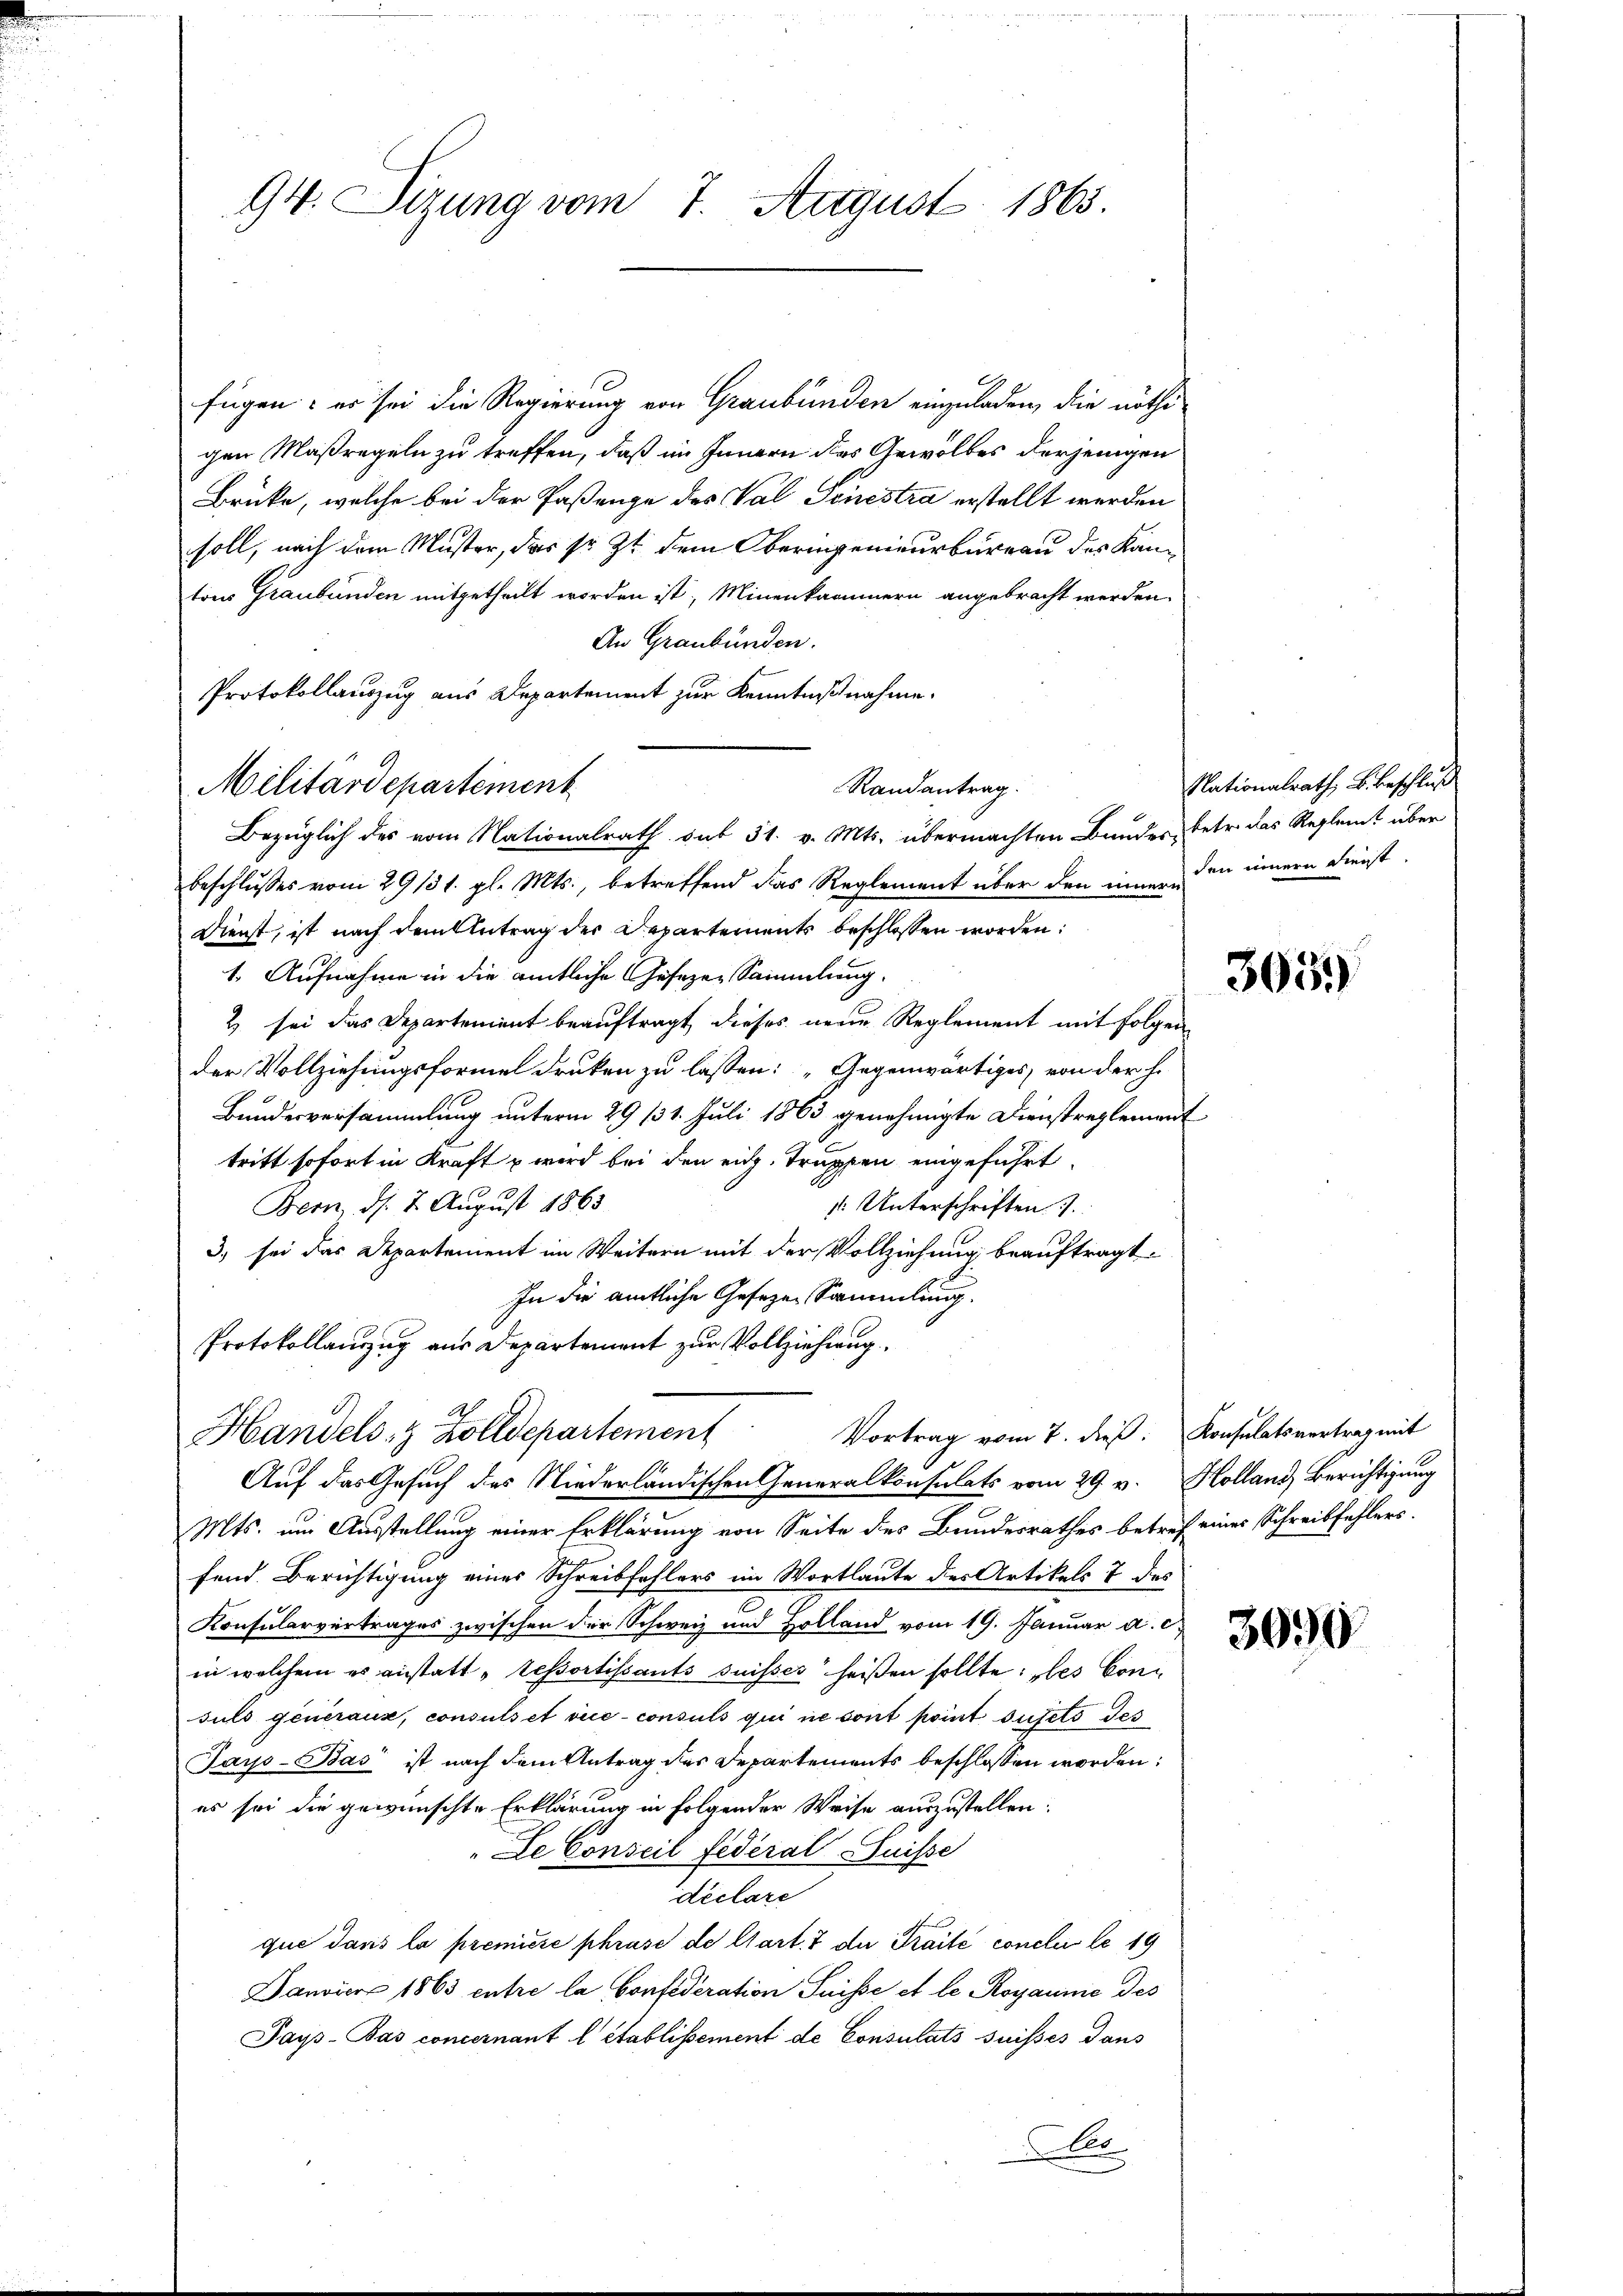
94. Sizung vom 7. August 1863.

fügen: er sei die Regierung von Graubünden einzuladen, die nöthi
gen Maßregeln zu treffen, daß im Innern des Gewölbes derjenigen
Brüke, welche bei der Paßenge des Val Tonestra erstellt werden
soll, nach dem Muster, das sr. Zt. dem Oberingenieurbureau des Kantons Graubünden mitgetheilt worden ist, Minenkammern angebracht werden.
An Graubünden.
Protokollauszug aus Departement zur Kenntnißnahme.
Randantrag.
Bezüglich des vom Nationalrath sub 31. v. Mts. übermachten Bundes, betr. das Reglent über
Beschlusses vom 29131. gl. Mts., betreffend das Reglement über den innern in innern Dienst
Dienst, ist nach dem Antrag der Departements beschlossen worden:
1. Aufnahme in die amtliche Gesezen Sammlung.
2 sei das Departement beauftragt, dieses neue Reglement mit Folgen
der Vollziehungsformel drucken zu lassen: „Gegenwärtiges, von der h.
Bundesversammlung unterm 29. 131. Juli 1863 genehmigte Dienstreglement
tritt sofort in Kraft u wird bei den eidg. Truppen eingeführt.
Bern, d. 7. August 1863
s. Unterschriften
3. sei das Departement im Weitern mit der Vollziehung beauftragt.
In die amtliche Geseze Sammlung.
Protokollauszug aus Departement zur Vollziehung

Militärdepartement

Vortrag vom 7. dieß: Konsulatsvertrag mit
Handels- & Zolldepartement
Auf das Gesuch des Niederländischen Generalkonsulats vom 29. v. Holland Berichtigung

Mts. um Ausstellung einer Erklärung von Seite des Bundesrathes betref einer Schreibfehlers.
fend Berichtigung eines Schreibfehlers im Wortlaute des Artikels 7 des
Konsularvertrages zwischen der Schweiz und Holland vom 19. Januar a. c.
in welchem es anstatt „tessortissants suisser heißen sollte: „des Consuls generaus, consuls et vice consuls qui ne sont point sujets des
Jays-Bas ist nach dem Antrag des Departements beschlossen worden:
es sei die gewünschte Erklärung in folgender Weise auszustellen:
Le Conseil Federal Suisse
declare
que dans la première phrase de l’art. 7 der Traité conclus le 19
Danvier 1863 entre la Confederation Suisse et le Royaunie des
Pays-Bas concernant l établissement de Consulats suisses dans
o

Nationalrath, B. beschluß

3659

3090